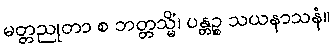
မတ္တညုတာ စ ဘတ္တသ္မိံ၊ ပန္တဉ္စ သယနာသနံ။